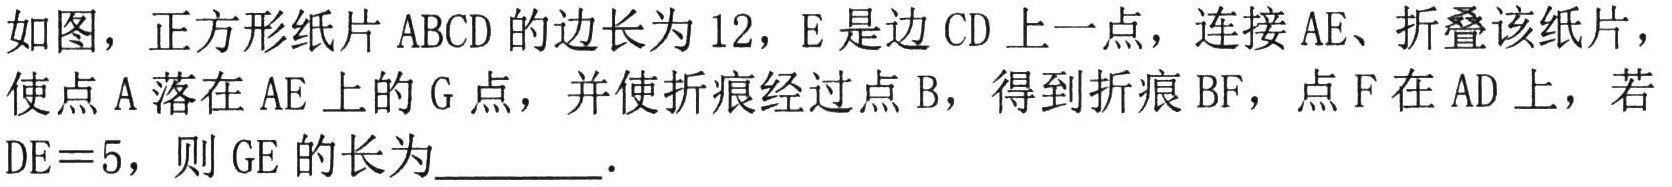
如图，正方形纸片ABCD的边长为12，E是边CD上一点，连接AE、折叠该纸片，使点A落在AE上的G点，并使折痕经过点B，得到折痕BF，点F在AD上，若DE＝5，则GE的长为  ．